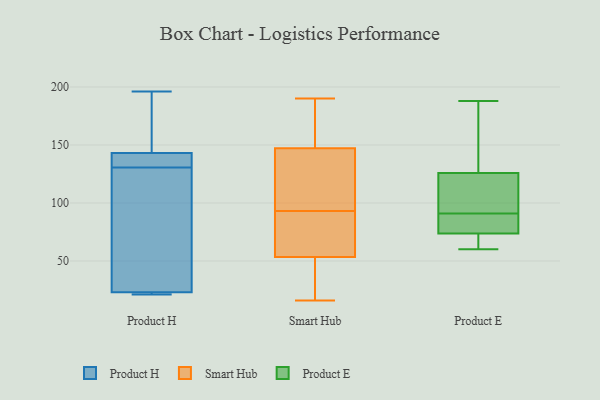
{"axis": {"x": "Operating Costs (USD K)", "y": "Value"}, "legend": ["Product E", "Product H", "Smart Hub"], "data": [{"x": "", "y": 22, "type": "Product H"}, {"x": "", "y": 122, "type": "Product H"}, {"x": "", "y": 141, "type": "Product H"}, {"x": "", "y": 143, "type": "Product H"}, {"x": "", "y": 166, "type": "Product H"}, {"x": "", "y": 23, "type": "Product H"}, {"x": "", "y": 139, "type": "Product H"}, {"x": "", "y": 97, "type": "Product H"}, {"x": "", "y": 21, "type": "Product H"}, {"x": "", "y": 196, "type": "Product H"}, {"x": "", "y": 89, "type": "Smart Hub"}, {"x": "", "y": 157, "type": "Smart Hub"}, {"x": "", "y": 93, "type": "Smart Hub"}, {"x": "", "y": 190, "type": "Smart Hub"}, {"x": "", "y": 57, "type": "Smart Hub"}, {"x": "", "y": 180, "type": "Smart Hub"}, {"x": "", "y": 16, "type": "Smart Hub"}, {"x": "", "y": 107, "type": "Smart Hub"}, {"x": "", "y": 36, "type": "Smart Hub"}, {"x": "", "y": 28, "type": "Smart Hub"}, {"x": "", "y": 43, "type": "Smart Hub"}, {"x": "", "y": 140, "type": "Smart Hub"}, {"x": "", "y": 157, "type": "Smart Hub"}, {"x": "", "y": 144, "type": "Smart Hub"}, {"x": "", "y": 62, "type": "Smart Hub"}, {"x": "", "y": 121, "type": "Smart Hub"}, {"x": "", "y": 90, "type": "Smart Hub"}, {"x": "", "y": 137, "type": "Product E"}, {"x": "", "y": 132, "type": "Product E"}, {"x": "", "y": 60, "type": "Product E"}, {"x": "", "y": 73, "type": "Product E"}, {"x": "", "y": 66, "type": "Product E"}, {"x": "", "y": 157, "type": "Product E"}, {"x": "", "y": 91, "type": "Product E"}, {"x": "", "y": 76, "type": "Product E"}, {"x": "", "y": 68, "type": "Product E"}, {"x": "", "y": 101, "type": "Product E"}, {"x": "", "y": 188, "type": "Product E"}, {"x": "", "y": 107, "type": "Product E"}, {"x": "", "y": 90, "type": "Product E"}, {"x": "", "y": 83, "type": "Product E"}, {"x": "", "y": 102, "type": "Product E"}]}